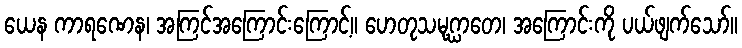
ယေန ကာရဏေန၊ အကြင်အကြောင်းကြောင့်။ ဟေတုသမုဂ္ဃာတေ၊ အကြောင်းကို ပယ်ဖျက်သော်။